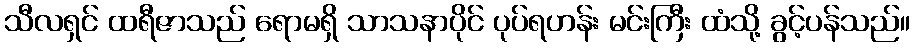
သီလရှင် ထရီဇာသည် ရောမရှိ သာသနာပိုင် ပုပ်ရဟန်း မင်းကြီး ထံသို့ ခွင့်ပန်သည်။